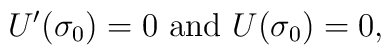
U^{\prime} (\sigma_{0})=0 \mbox{  and  } U (\sigma_{0})=0,